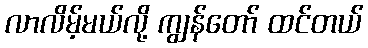
လာလိမ့်မယ်လို့ ကျွန်တော် ထင်တယ်